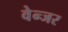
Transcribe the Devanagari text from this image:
वेन्जर